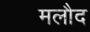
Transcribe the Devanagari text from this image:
मलौद